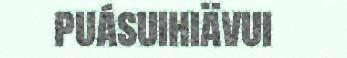
puásuihiävui